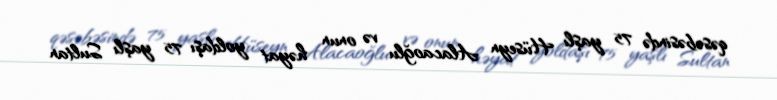
qəsəbəsində 75 yaşlı Hüseyn Alacaoğlu və onun həyat yoldaşı 75 yaşlı Sultan